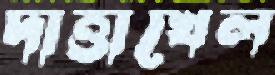
দাত্তাখেল